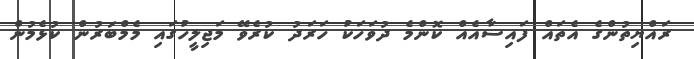
ރައްޔިތުންގެ އެތައް ފައިސާއެއް ކޮންމެ ދުވަހަކު ހަރަދު ކުރެވޭ މަޖިލީހުގައި މެމްބަރުން ކުޅެމުން